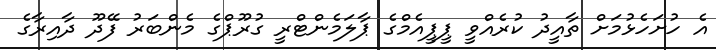
އެ ހުށަހެޅުމަށް ތާއީދު ކުރެއްވީ ޕީޕީއެމްގެ ޕާލަމެންޓްރީ ގުރޫޕްގެ މެންބަރު ފޭދޫ ދާއިރާގެ